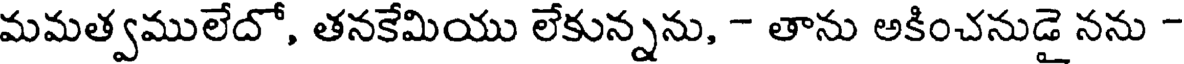
మమత్వములేదో, తనకేమియు లేకున్నను, - తాను అకించనుడై నను -